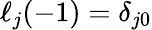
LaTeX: \ell_{j}(-1)=\delta_{j0}